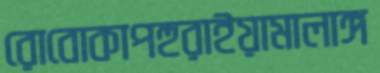
রোবোকাপহুরাইয়ামালাঙ্গ